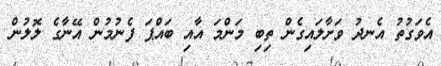
އެވަގުތު އެނދު ވަށާލައިގެން ތިބި މަންމަ އާއި ބައްޕަ ފެނުމުން އޭނާގެ ލޮލުން